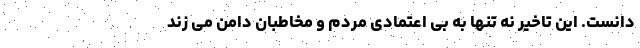
دانست. این تاخیر نه تنها به بی اعتمادی مردم و مخاطبان دامن می زند